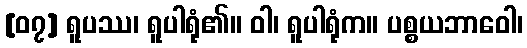
[၀၇] ရူပဿ၊ ရူပါရုံ၏။ ဝါ၊ ရူပါရုံက။ ပစ္စယဘာဝေါ၊